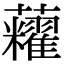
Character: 𧅛